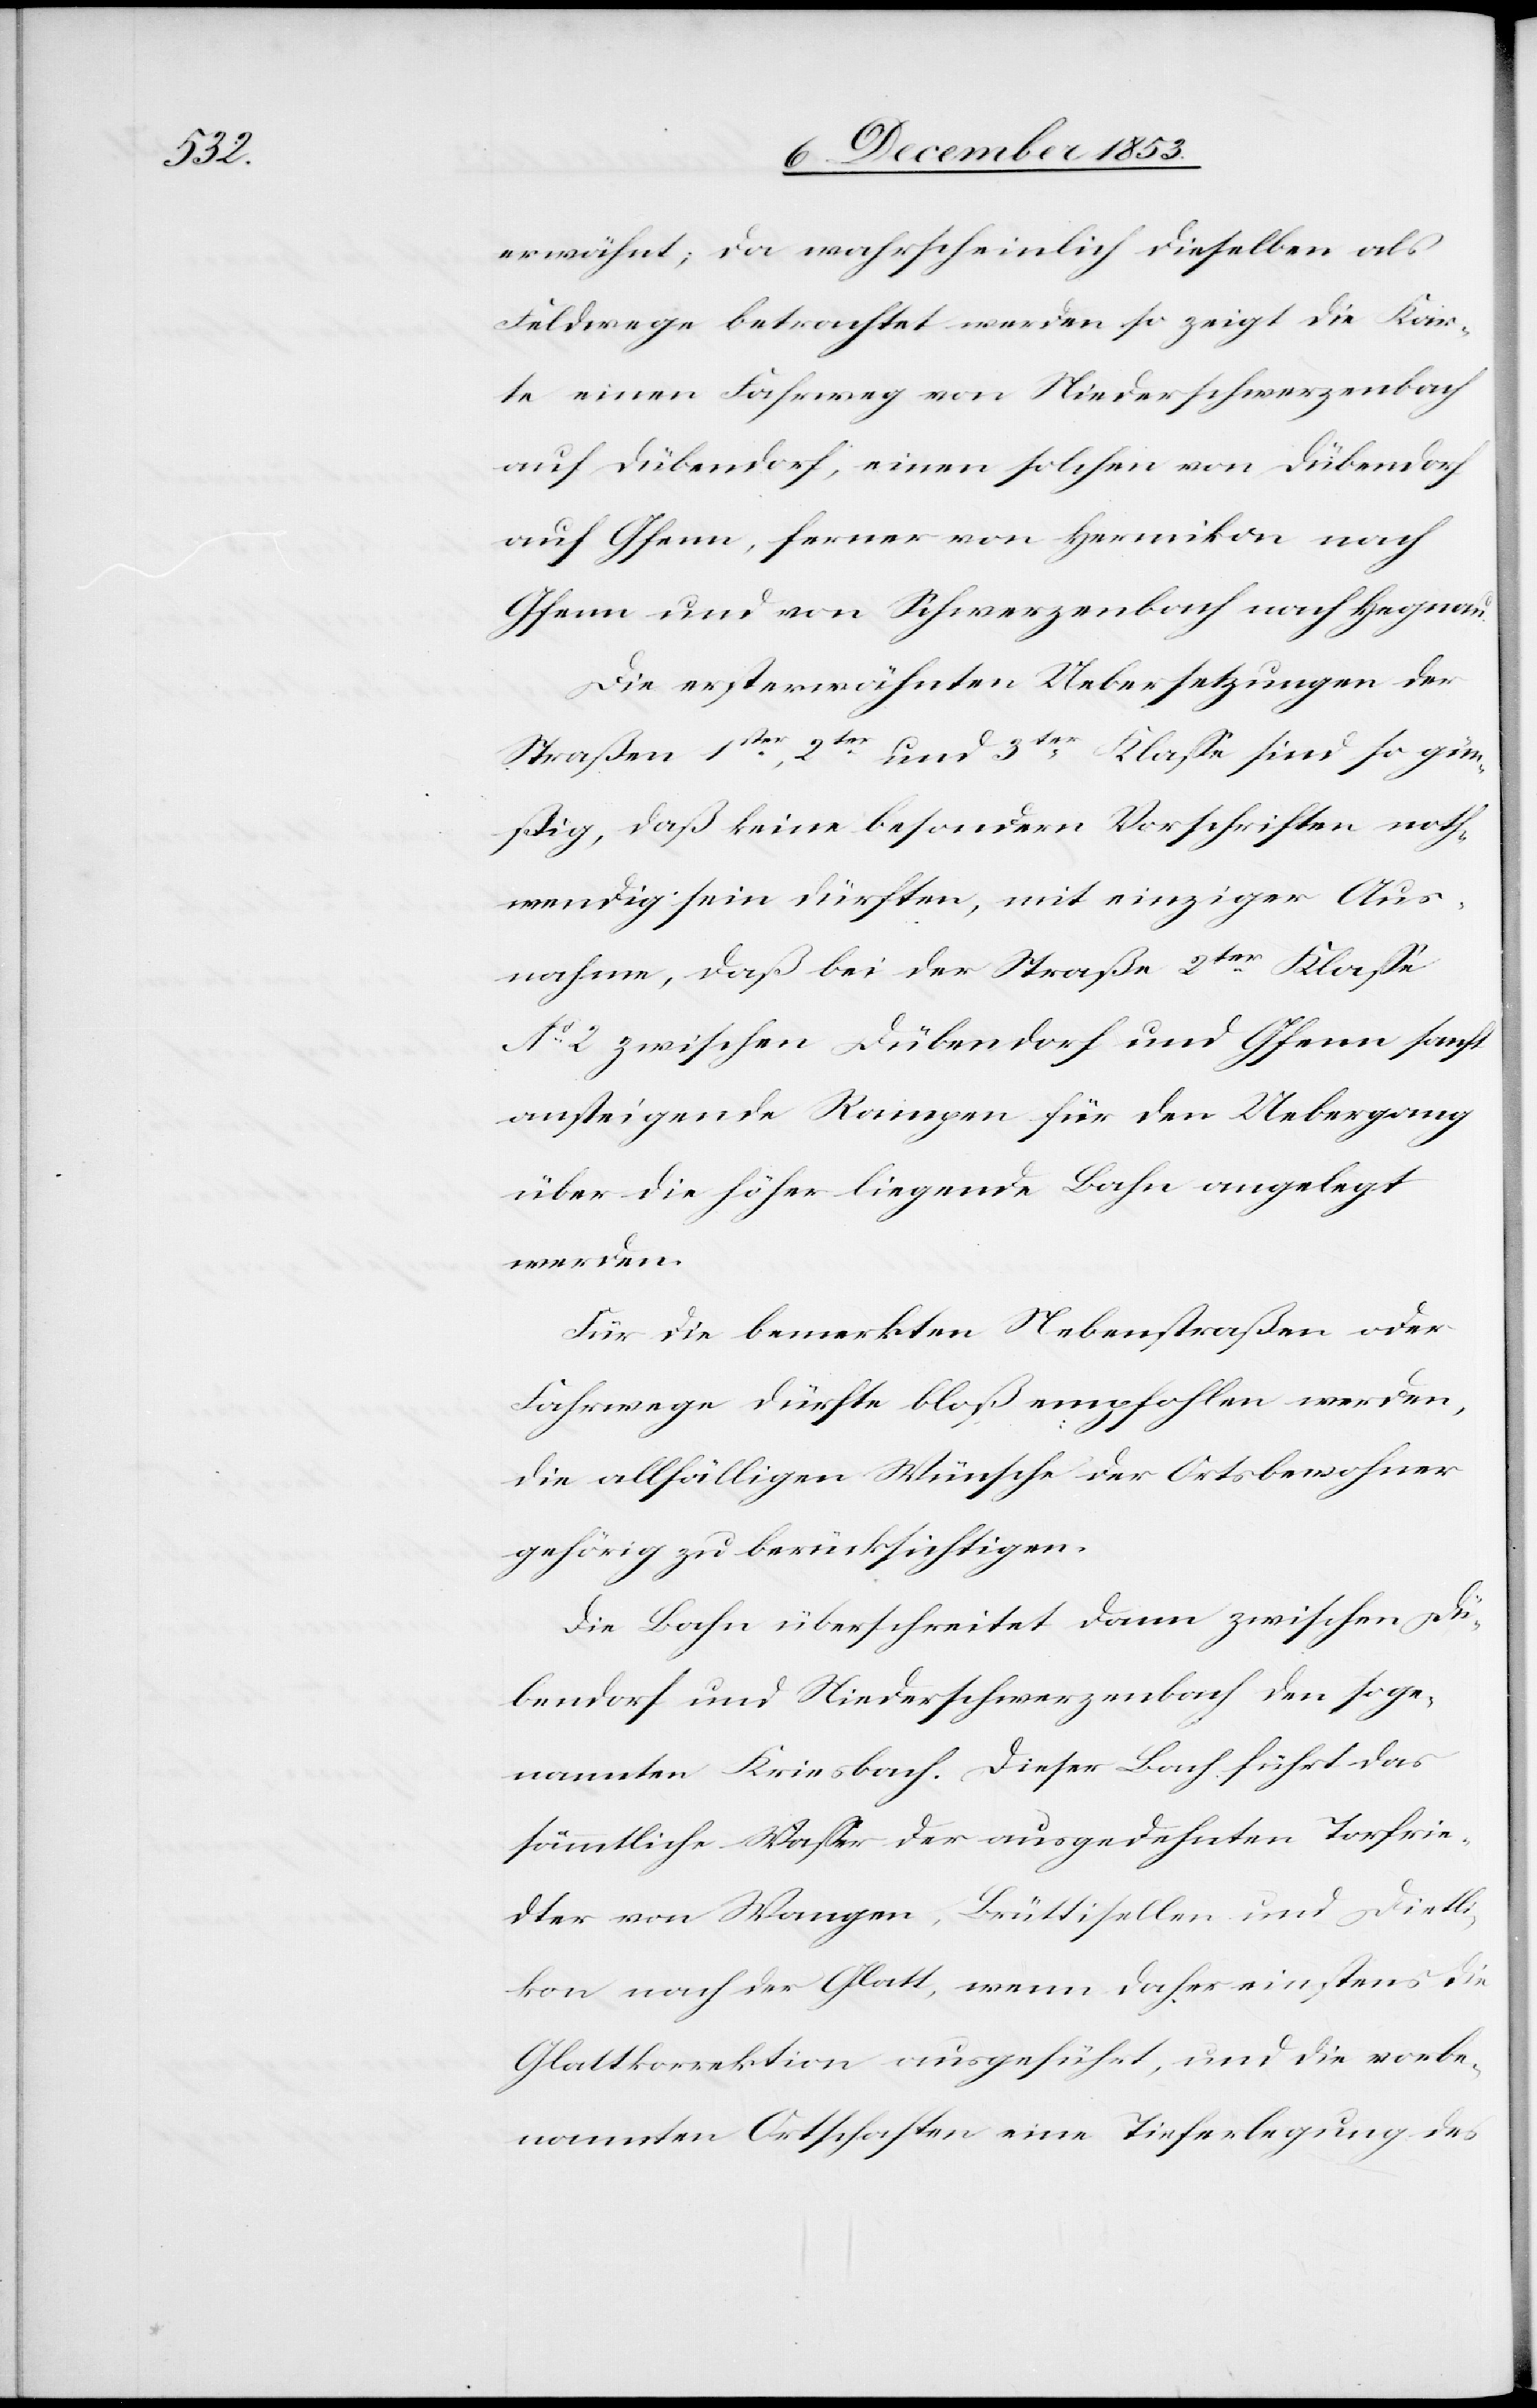
erwähnt; da wahrscheinlich dieselben als
Feldwege betrachtet werden so zeigt die Kar¬
te einen Fahrweg von Niederschwerzenbach
auf Dübendorf, einen solchen von Dübendorf
auf Gfenn, ferner von Hermikon nach
Gfenn und von Schwerzenbach nach Hegnau.
Die ersterwähnten Uebersetzungen der
Straßen 1ster, 2ter und 3ter Klaße sind so gün¬
stig, daß keine besondern Vorschriften noth¬
wendig sein dürften, mit einziger Aus¬
nahme, daß bei der Straße 2ter Klaße
N° 2 zwischen Dübendorf und Gfenn sanft
ansteigende Rampen für den Uebergang
über die höher liegende Bahn angelegt
werden.
Für die bemerkten Nebenstraßen oder
Fahrwege dürfte bloß empfohlen werden,
die allfälligen Wünsche der Ortsbewohner
gehörig zu berücksichtigen.
Die Bahn überschreitet dann zwischen Dü¬
bendorf und Niederschwerzenbach den soge¬
nannten Kriesbach. Dieser Bach führt das
sämmtliche Waßer der ausgedehnten Torfrie¬
dter von Wangen, Brüttisellen und Dietli¬
kon nach der Glatt, wenn daher einstens die
Glattkorrektion ausgeführt, und die vorbe¬
nannten Ortschaften eine Tieferlegung des